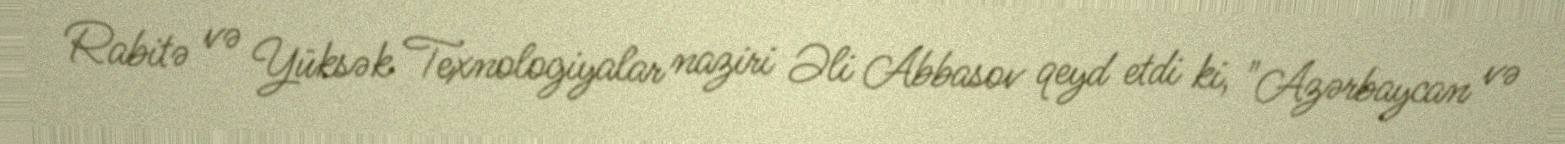
Rabitə və Yüksək Texnologiyalar naziri Əli Abbasov qeyd etdi ki, "Azərbaycan və